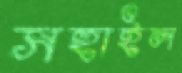
সহাইল